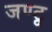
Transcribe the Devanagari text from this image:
जण्टू